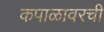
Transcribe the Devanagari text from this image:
कपाळावरची